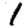
Digit: 1